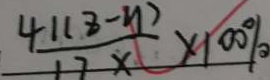
\frac { 4 1 ( z - y ) } { 1 7 x } \times 1 0 0 \%